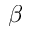
\beta